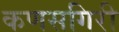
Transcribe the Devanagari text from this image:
कणसगिरी